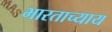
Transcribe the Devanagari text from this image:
भारताच्याय